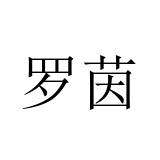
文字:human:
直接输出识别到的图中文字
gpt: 罗茵